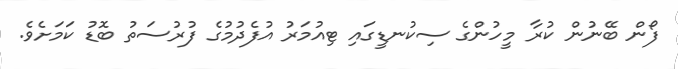
ފޯން ބޭނުން ކުރާ މީހުންގެ ސިކުނޑީގައި ޓިއުމަރު އުފެދުމުގެ ފުރުސަތު ބޮޑު ކަމަށެވެ.